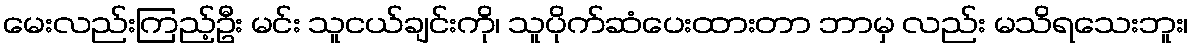
မေးလည်းကြည့်ဦး မင်း သူငယ်ချင်းကို၊ သူပိုက်ဆံပေးထားတာ ဘာမှ လည်း မသိရသေးဘူး၊